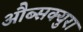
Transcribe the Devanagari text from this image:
औब्सक्युरा